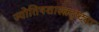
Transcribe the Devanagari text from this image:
ज्योतिषशास्त्रदृष्ट्या